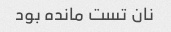
نان تست مانده بود